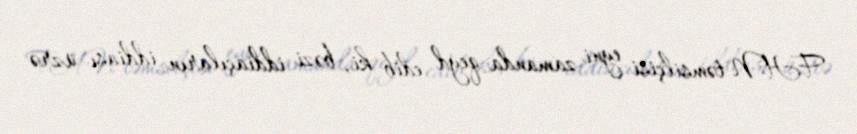
FHN təmsilçisi eyni zamanda qeyd edib ki, bəzi iddiaçıların iddiası üzrə